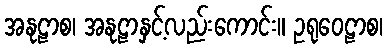
အနုဠာစ၊ အနုဠာနှင့်လည်းကောင်း။ ဥရုဝေဠာစ၊